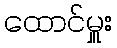
ထောင်မှူး